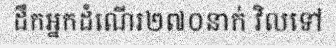
ដឹកអ្នកដំណើរ២៧០នាក់ វិលទៅ